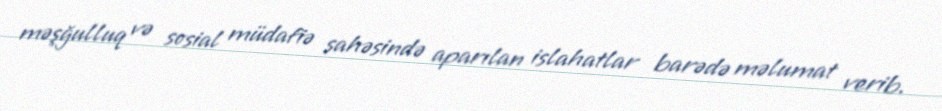
məşğulluq və sosial müdafiə sahəsində aparılan islahatlar barədə məlumat verib.